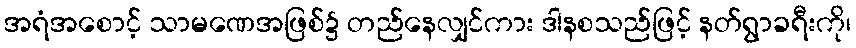
အရံအစောင့် သာမဏေအဖြစ်၌ တည်နေလျှင်ကား ဒါနစသည်ဖြင့် နတ်ရွာခရီးကို၊